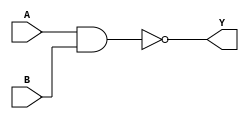
//2023.4.12
//design of nand_gate

`timescale 1ns/10ps
module nand_gate (
            A,
            B,
            Y
);
input       A;
input       B;
output      Y;    
assign      Y=~(A&B);
endmodule




// ----testbench of the nand_gate----

module nand_gate_testbench; 
reg         aa;
reg         bb;
wire        yy;
nand_gate nand_gate (
            .A(aa),
            .B(bb),
            .Y(yy)
            );
initial begin
        aa<=0;bb<=0;        //reg<=
    #10 aa<=0;bb<=1;
    #10 aa<=1;bb<=0;
    #10 aa<=1;bb<=1;
    #10 $stop;
end    
endmodule